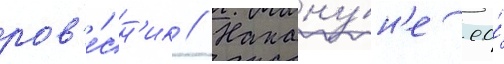
ров'е́сн'ик // Накану́н'е ео́